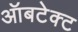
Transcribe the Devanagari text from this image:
ऑबटेक्ट